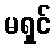
မရှင်